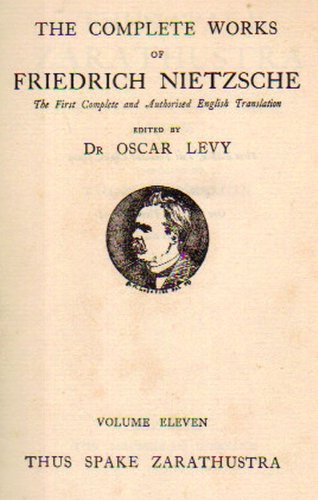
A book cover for Thus Spake Zarathustra: A Book for All and None; Friedrich Nietzsche; Politics & Social Sciences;